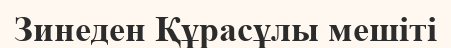
Зинеден Құрасұлы мешіті